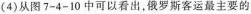
(4)从图7-4-10中可以看出，俄罗斯客运最主要的